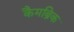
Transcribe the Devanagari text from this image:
कैमब्रिक